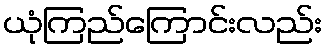
ယုံကြည်ကြောင်းလည်း